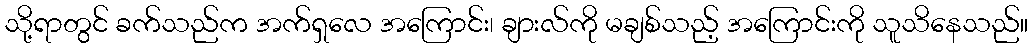
သို့ရာတွင် ခက်သည်က အက်ရှလေ အကြောင်း၊ ချားလ်ကို မချစ်သည့် အကြောင်းကို သူသိနေသည်။